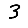
Digit: 3